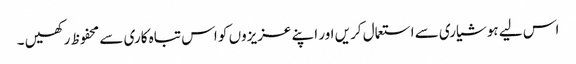
اس لیے ہوشیاری سے استعمال کریں اور اپنے عزیزوں کو اس تباہ کاری سے محفوظ رکھیں ۔